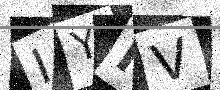
Text: IYFV